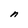
Character: n